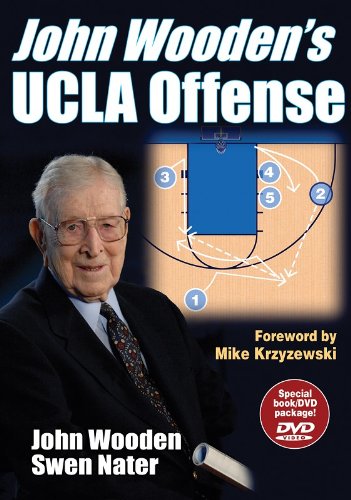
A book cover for John Wooden's UCLA Offense: Special Book/DVD Package; John Wooden; Sports & Outdoors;